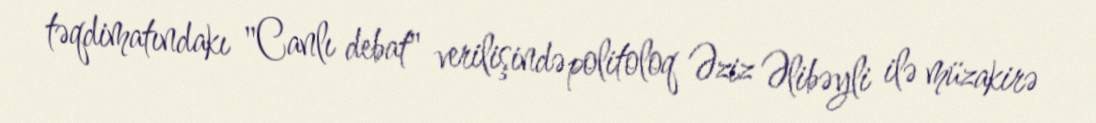
təqdimatındakı "Canlı debat" verilişində politoloq Əziz Əlibəyli ilə müzakirə